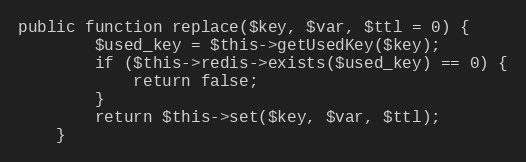
Language: PHP
public function replace($key, $var, $ttl = 0) {
        $used_key = $this->getUsedKey($key);
        if ($this->redis->exists($used_key) == 0) {
            return false;
        }
        return $this->set($key, $var, $ttl);
    }